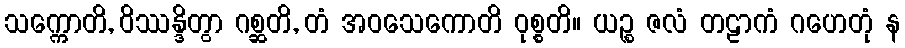
သက္ကောတိ, ဝိဿန္ဒိတွာ ဂစ္ဆတိ, တံ အဝသေကောတိ ဝုစ္စတိ။ ယဉ္စ ဇလံ တဠာကံ ဂဟေတုံ န